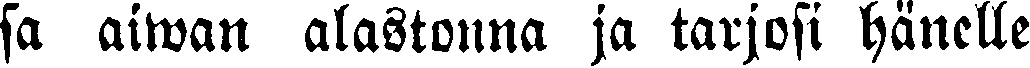
sa aiwan alastonna ja tarjosi hänelle